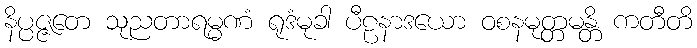
နိပ္ပဇ္ဇတေ သုညတာရမ္မဏံ ရုဒံမုခါ ပီဠနာဒယော ဝစနမုတ္တမန္တိ ကတီတိ